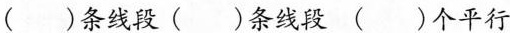
( )条线段 ( )条线段 ( )个平行